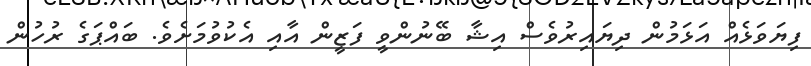
ފިޔަވަޅެއް އަޅަމުން ދިޔައިރުވެސް އިޝާ ބޭނުންވީ ފަޒީން އާއި އެކުވުމަށެވެ. ބައްޕަގެ ރުހުން